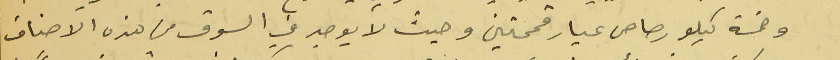
وخمسة كيلو رصاص عيار قمحتين وحيث لا يوجد في السوق من هذه الاصناف